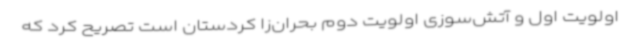
اولویت اول و آتش‌سوزی اولویت دوم بحران‌زا کردستان است تصریح کرد که